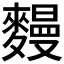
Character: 𪍩